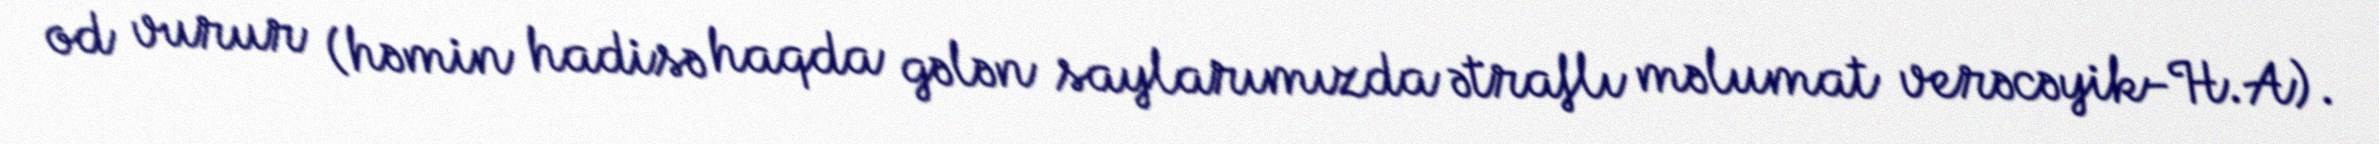
od vurur (həmin hadisə haqda gələn saylarımızda ətraflı məlumat verəcəyik-H.A).